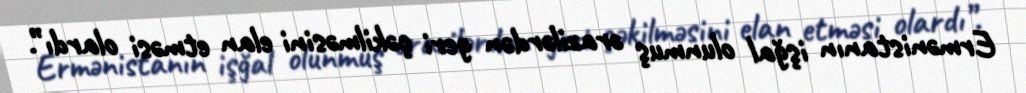
Ermənistanın işğal olunmuş ərazilərdən geri çəkilməsini elan etməsi olardı”.